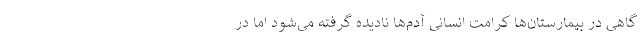
گاهی در بیمارستان‌ها کرامت انسانی آدم‌ها نادیده گرفته می‌شود اما در